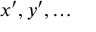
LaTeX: x ^ { \prime } , y ^ { \prime } , \ldots